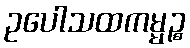
ဥပေါသထကမ္မဉ္စ